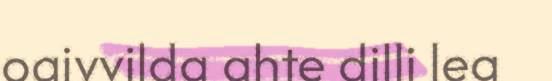
oaivvilda ahte dilli lea